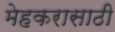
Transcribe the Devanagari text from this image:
मेहकरासाठी